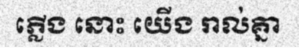
ភ្លើង នោះ យើង រាល់គ្នា